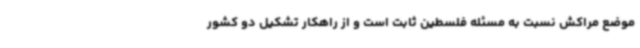
موضع مراکش نسبت به مسئله فلسطین ثابت است و از راهکار تشکیل دو کشور